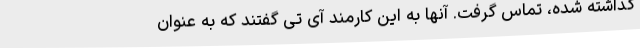
گذاشته شده، تماس گرفت. آنها به این کارمند آی تی گفتند که به عنوان